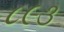
૮૯૩